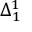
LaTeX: \Delta _ { 1 } ^ { 1 }